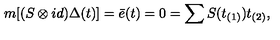
m [ ( S \otimes i d ) \Delta ( t ) ] = \bar { e } ( t ) = 0 = \sum S ( t _ { ( 1 ) } ) t _ { ( 2 ) } ,